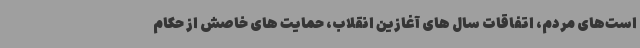
است‌های مردم، اتفاقات سال های آغازین انقلاب، حمایت های خاصش از حکام